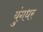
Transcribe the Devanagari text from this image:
युंगधर